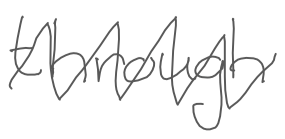
Text: through
Cross-out: zig-zag
Writing tool: digital_gray